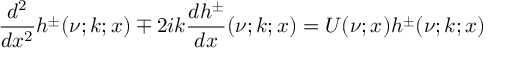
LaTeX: \frac { d ^ { 2 } } { d x ^ { 2 } } h ^ { \pm } ( \nu ; k ; x ) \mp 2 i k \frac { d h ^ { \pm } } { d x } ( \nu ; k ; x ) = U ( \nu ; x ) h ^ { \pm } ( \nu ; k ; x )